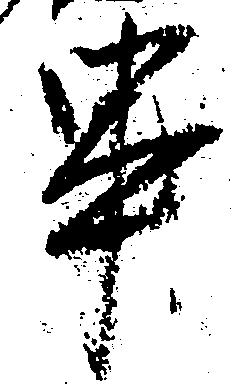
串